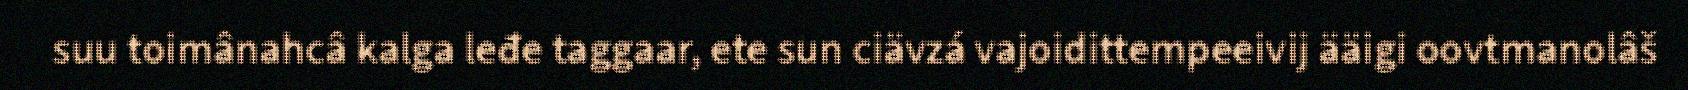
suu toimânahcâ kalga leđe taggaar, ete sun ciävzá vajoidittempeeivij ääigi oovtmanolâš